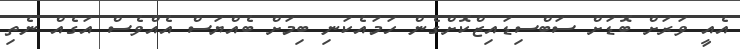
އެއީ ވަރަށް ބޮޑަށް ސަބްސިޑައިޒްކޮށްގެން ހަމައެކަނި ބިމަށް ބެއްޔަސް އެއްވެސް އަގެއް ނެތި